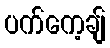
ပက်ကေ့ချ်